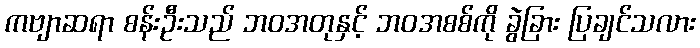
ကဗျာဆရာ စန်းဦးသည် ဘဝအတုနှင့် ဘဝအစစ်ကို ခွဲခြား ပြချင်သလား